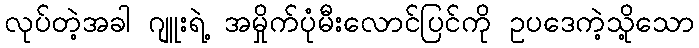
လုပ်တဲ့အခါ ဂျူးရဲ့ အမှိုက်ပုံမီးလောင်ပြင်ကို ဥပဒေကဲ့သို့သော